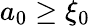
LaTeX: a_{0}\geq\xi_{0}